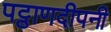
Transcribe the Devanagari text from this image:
पट्ठाणदीपनी